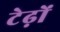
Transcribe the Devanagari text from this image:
टेढ़ों